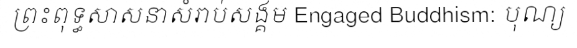
ព្រះពុទ្ធសាសនាសំរាប់សង្គម Engaged Buddhism: បុណ្យ